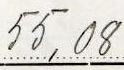
55,08